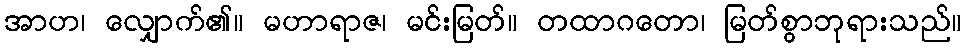
အာဟ၊ လျှောက်၏။ မဟာရာဇ၊ မင်းမြတ်။ တထာဂတော၊ မြတ်စွာဘုရားသည်။